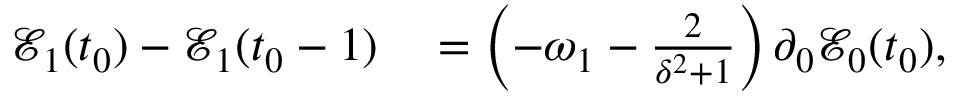
\begin{array} { r l } { \mathcal { E } _ { 1 } ( t _ { 0 } ) - \mathcal { E } _ { 1 } ( t _ { 0 } - 1 ) } & { { } = \left( - \omega _ { 1 } - \frac { 2 } { \delta ^ { 2 } + 1 } \right) \partial _ { 0 } \mathcal { E } _ { 0 } ( t _ { 0 } ) , } \end{array}